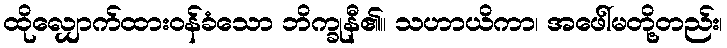
ထိုလျှောက်ထားဝန်ခံသော ဘိက္ခုနီ၏။ သဟာယိကာ၊ အဖေါ်မတို့တည်း၊